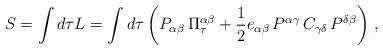
LaTeX: \begin{align*}S=\int d\tau L = \int d\tau \left(P_{\alpha\beta}\, \Pi_\tau^{\alpha\beta} +{1\over 2}e_{\alpha\beta}\, P^{\alpha\gamma} \, C_{\gamma\delta}\, P^{\delta\beta}\right)\, ,\end{align*}